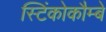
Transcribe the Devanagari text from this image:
स्टिंकोकौम्बे